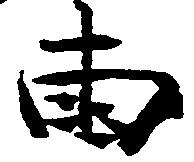
両